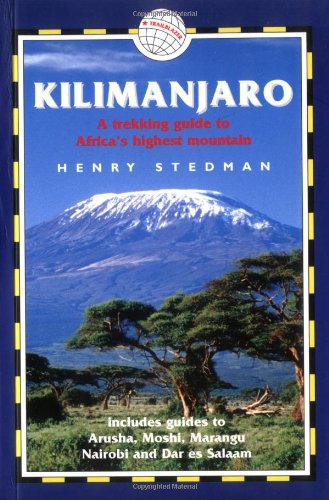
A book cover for Kilimanjaro: A Trekking Guide to Africa's Highest Mountain, Includes City Guides to Arusha, Moshi, Marangu, Nairobi and Dar Es Salaam; Henry Stedman; Travel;